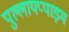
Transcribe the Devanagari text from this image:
पुल्लायप्पाड़म